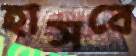
হাসবে